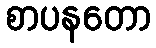
စာပနတော